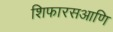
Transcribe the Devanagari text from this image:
शिफारसआणि